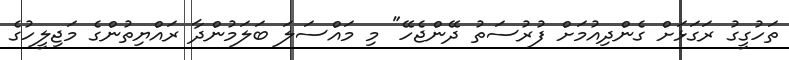
ތަހުގީގު ރަގަޅަށް ގެންދިއުމަށް ފުރުސަތު ދޭންޖެހޭ" މި މައްސަލަ ބަލަމުންދާ ރައްޔިތުންގެ މަޖިލީހުގެ